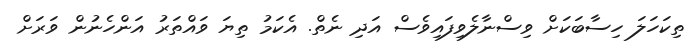
ތިކަހަލަ ހިސާބަކަށް ވިސްނާލެވިފައިވެސް އަދި ނެތް. އެކަމު ތިޔަ ވައްތަރު އަންހެނުން ވަރަށް